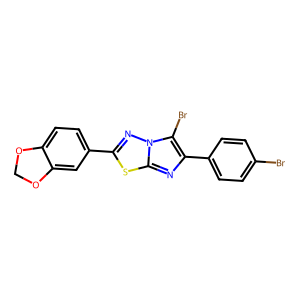
SMILES: Brc1ccc(-c2nc3sc(-c4ccc5c(c4)OCO5)nn3c2Br)cc1
Inhibits HIV replication: No